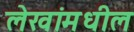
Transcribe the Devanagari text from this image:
लेखांमधील